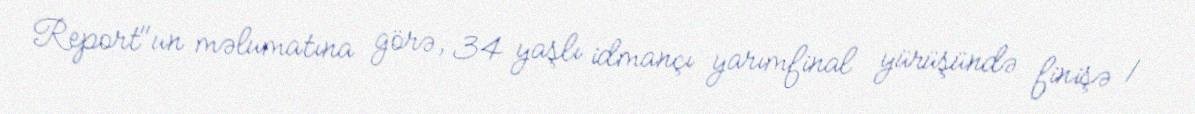
Report"un məlumatına görə, 34 yaşlı idmançı yarımfinal yürüşündə finişə 1